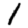
Digit: 1